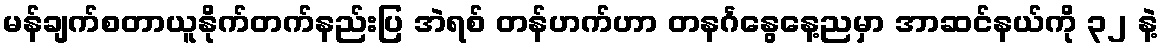
မန်ချက်စတာယူနိုက်တက်နည်းပြ အဲရစ် တန်ဟက်ဟာ တနင်္ဂနွေနေ့ညမှာ အာဆင်နယ်ကို ၃၂ နဲ့